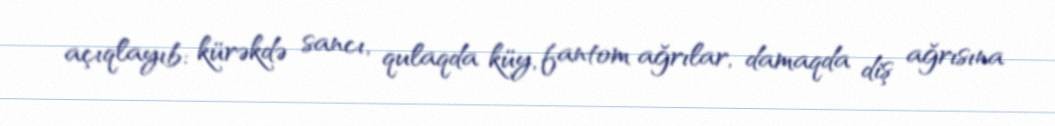
açıqlayıb: kürəkdə sancı, qulaqda küy, fantom ağrılar, damaqda diş ağrısına